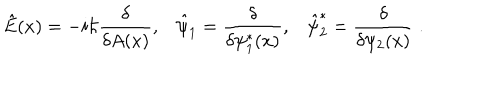
LaTeX: \hat { E } ( x ) = - i \hbar \frac { \delta } { \delta A ( x ) } , \hat { \psi } _ { 1 } = \frac { \delta } { \delta \psi _ { 1 } ^ { * } ( x ) } , \hat { \psi } _ { 2 } ^ { * } = \frac { \delta } { \delta \psi _ { 2 } ( x ) } \; .